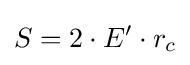
S=2\cdot E'\cdot r_{c}